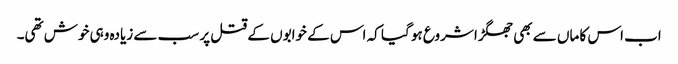
اب اس کا ماں سے بھی جھگڑا شروع ہو گیا کہ اس کے خوابوں کے قتل پر سب سے زیادہ وہی خوش تھی۔